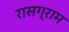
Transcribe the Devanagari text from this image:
रासग्राम